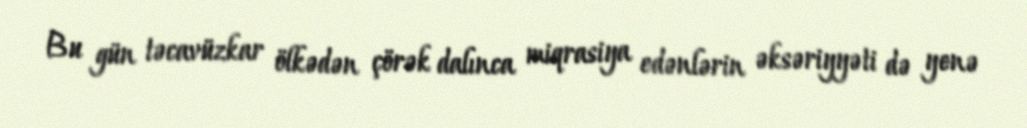
Bu gün təcavüzkar ölkədən çörək dalınca miqrasiya edənlərin əksəriyyəti də yenə